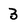
Character: 3